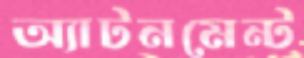
অ্যাটনমেন্ট